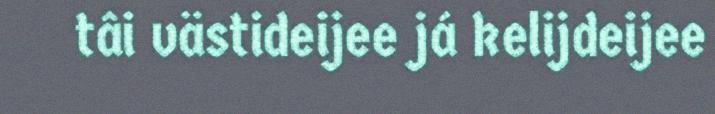
tâi västideijee já kelijdeijee